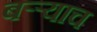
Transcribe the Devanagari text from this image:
बऱ्र्‍याच